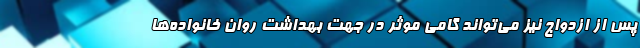
پس از ازدواج نیز می‌تواند گامی موثر در جهت بهداشت روان خانواده‌ها